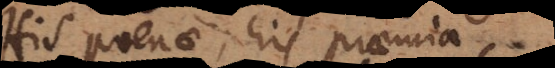
His poenae; his praemia